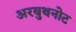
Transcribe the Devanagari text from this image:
अरबुथनोट